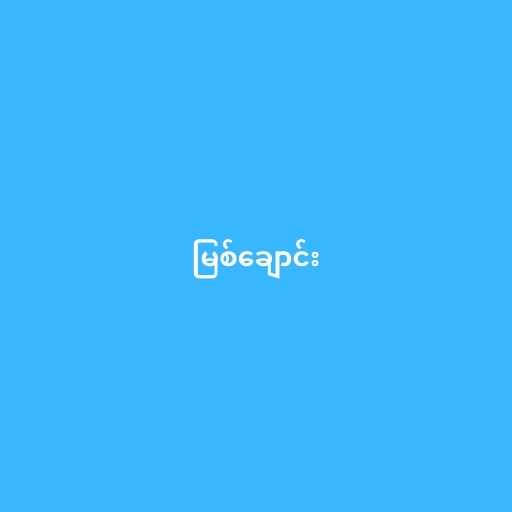
မြစ်ချောင်း